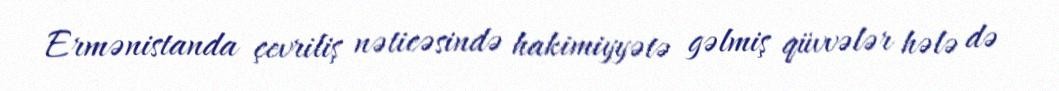
Ermənistanda çevriliş nəticəsində hakimiyyətə gəlmiş qüvvələr hələ də